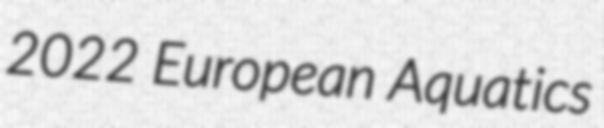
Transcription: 2022 European Aquatics